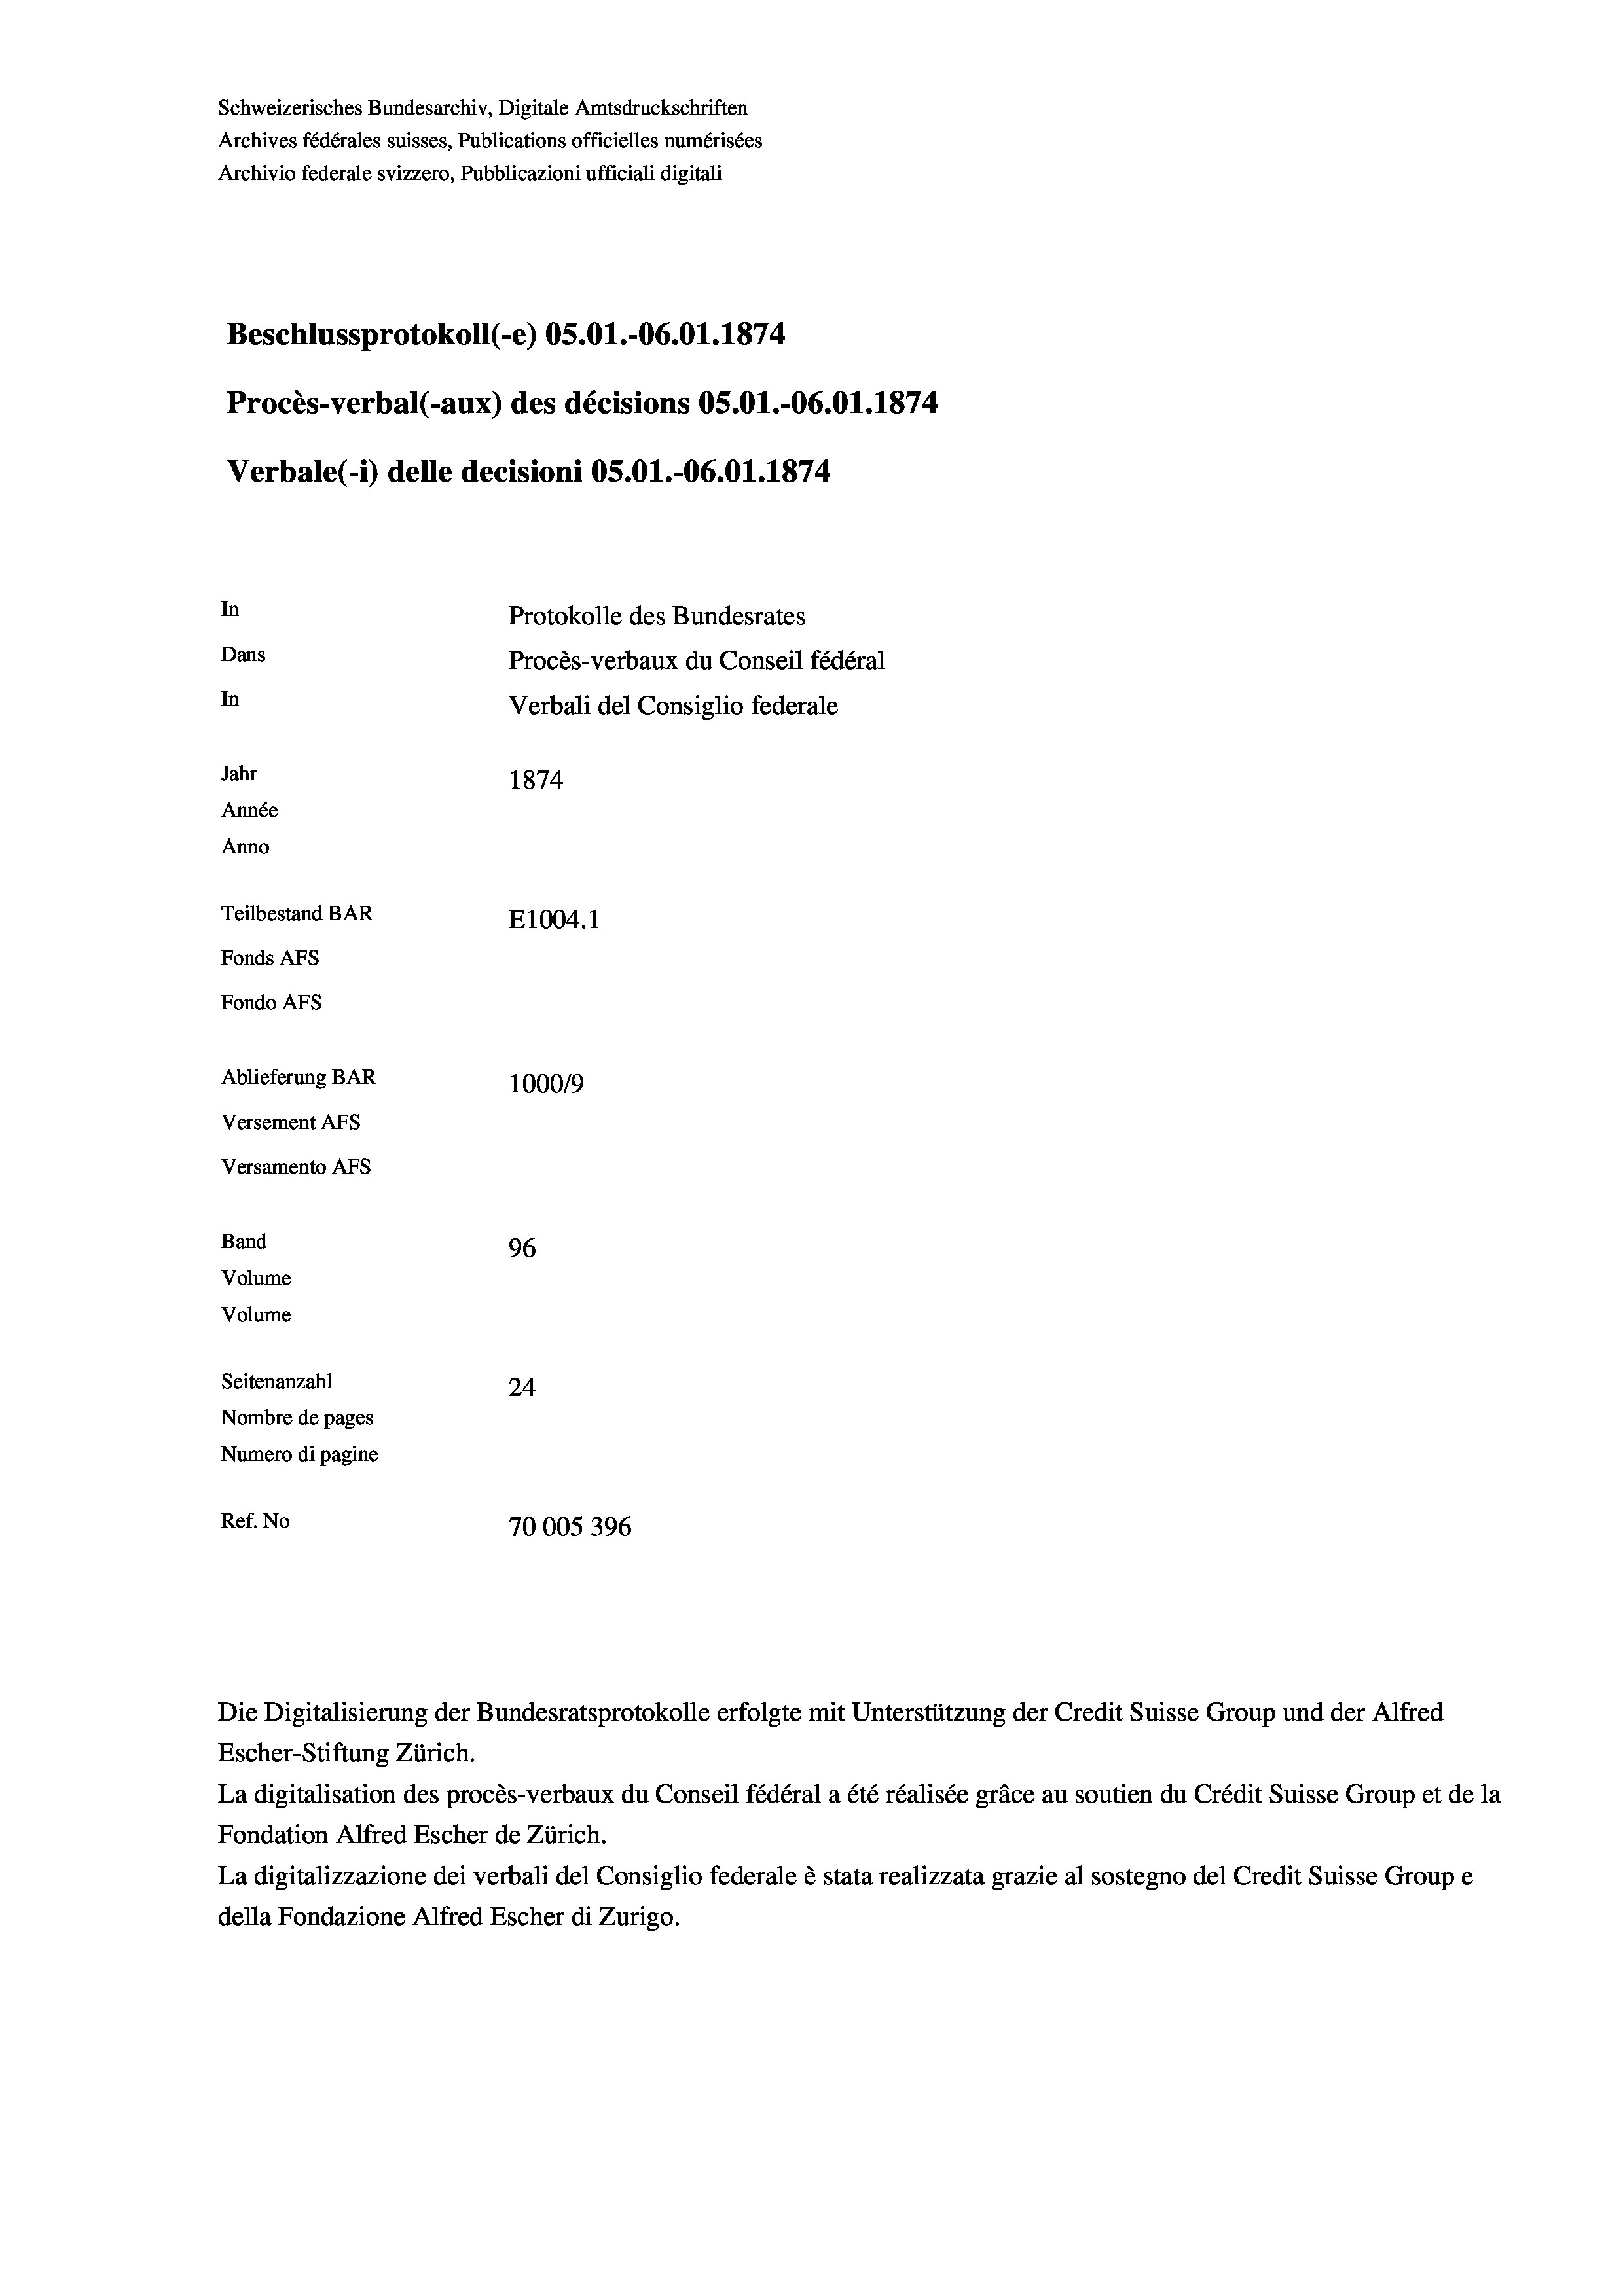
Schweizerisches Bundesarchiv, Digitale Amtsdruckschriften
Archives fédérales suisses, Publications officielles numérisées
Archivio federale svizzero, Pubblicazioni ufficiali digitali
Beschlussprotokoll (-e) OS.01.-06.01. 1874
Procès-verbal (-aux) des décisions OS.O1.-06.01. 1874
Verbale (1) delle decisioni OS.O1.-06.01. 1874.
In
Protokolle des Bundesrates
Dans
Procès-verbaux du Conseil fédéral
In
Verbali del Consiglio federale
Jahr
1874
Année
Anno
Teilbestand BAR
E1004. 1
Fonds AFs
Fondo Afs
Ablieferung BAR
100019
Versement Ans
Versamento Afs

96
Seitenanzahl
24
Nombre de pages
Numero di pagine
Ref. No
70005396

Band
Volume
Volume

Escher-Stiftung Zürich.
La digitalisation des procès-verbaux du Conseil fédéral a été réalisée gräce au soutien du Crédit Suisse Group et de la
Fondation Alfred Escher de Zürich.
La digitalizzazione dei verbali del Consiglio federale è stata realizzata grazie al sostegno del Credit Suisse Groupe
della Fondazione Alfred Escher di Zurigo.

Die Digitalisierung der Bundesratsprotokolle erfolgte mit Unterstützung der Credit Suisse Group und der Alfred